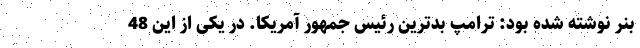
بنر نوشته شده بود: ترامپ بدترین رئیس جمهور آمریکا. در یکی از این 48